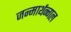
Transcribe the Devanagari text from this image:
जन्मार्थन्गल